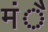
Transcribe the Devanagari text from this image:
मंै